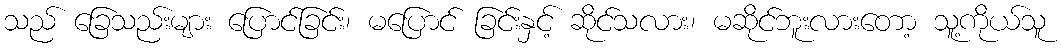
သည် ခြေသည်းများ ပြောင်ခြင်း၊ မပြောင် ခြင်းနှင့် ဆိုင်သလား၊ မဆိုင်ဘူးလားတော့ သူ့ကိုယ်သူ